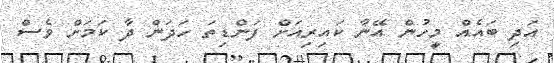
އަދި ބައެއް މީހުން އޭނާ ކައިރިއަށް ފަންޑިތަ ހަދަން ދާ ކަމަށް ވެސް